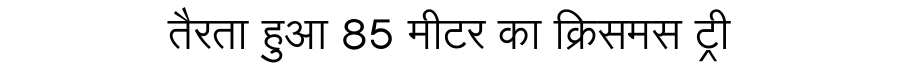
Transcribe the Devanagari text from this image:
तैरता हुआ 85 मीटर का क्रिसमस ट्री